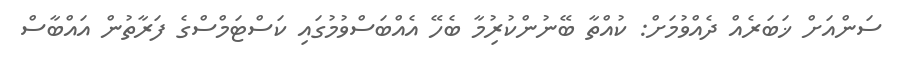
ސަންއަށް ޚަބަރެއް ދެއްވުމަށް: ކުއްތާ ބޭނުންކުރުިމާ ބެހޭ އެއްބަސްވުމުގައި ކަސްޓަމްސްގެ ފަރާތުން އައްބާސް